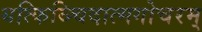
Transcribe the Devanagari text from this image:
यत्किञ्चिदात्मगोचरम्